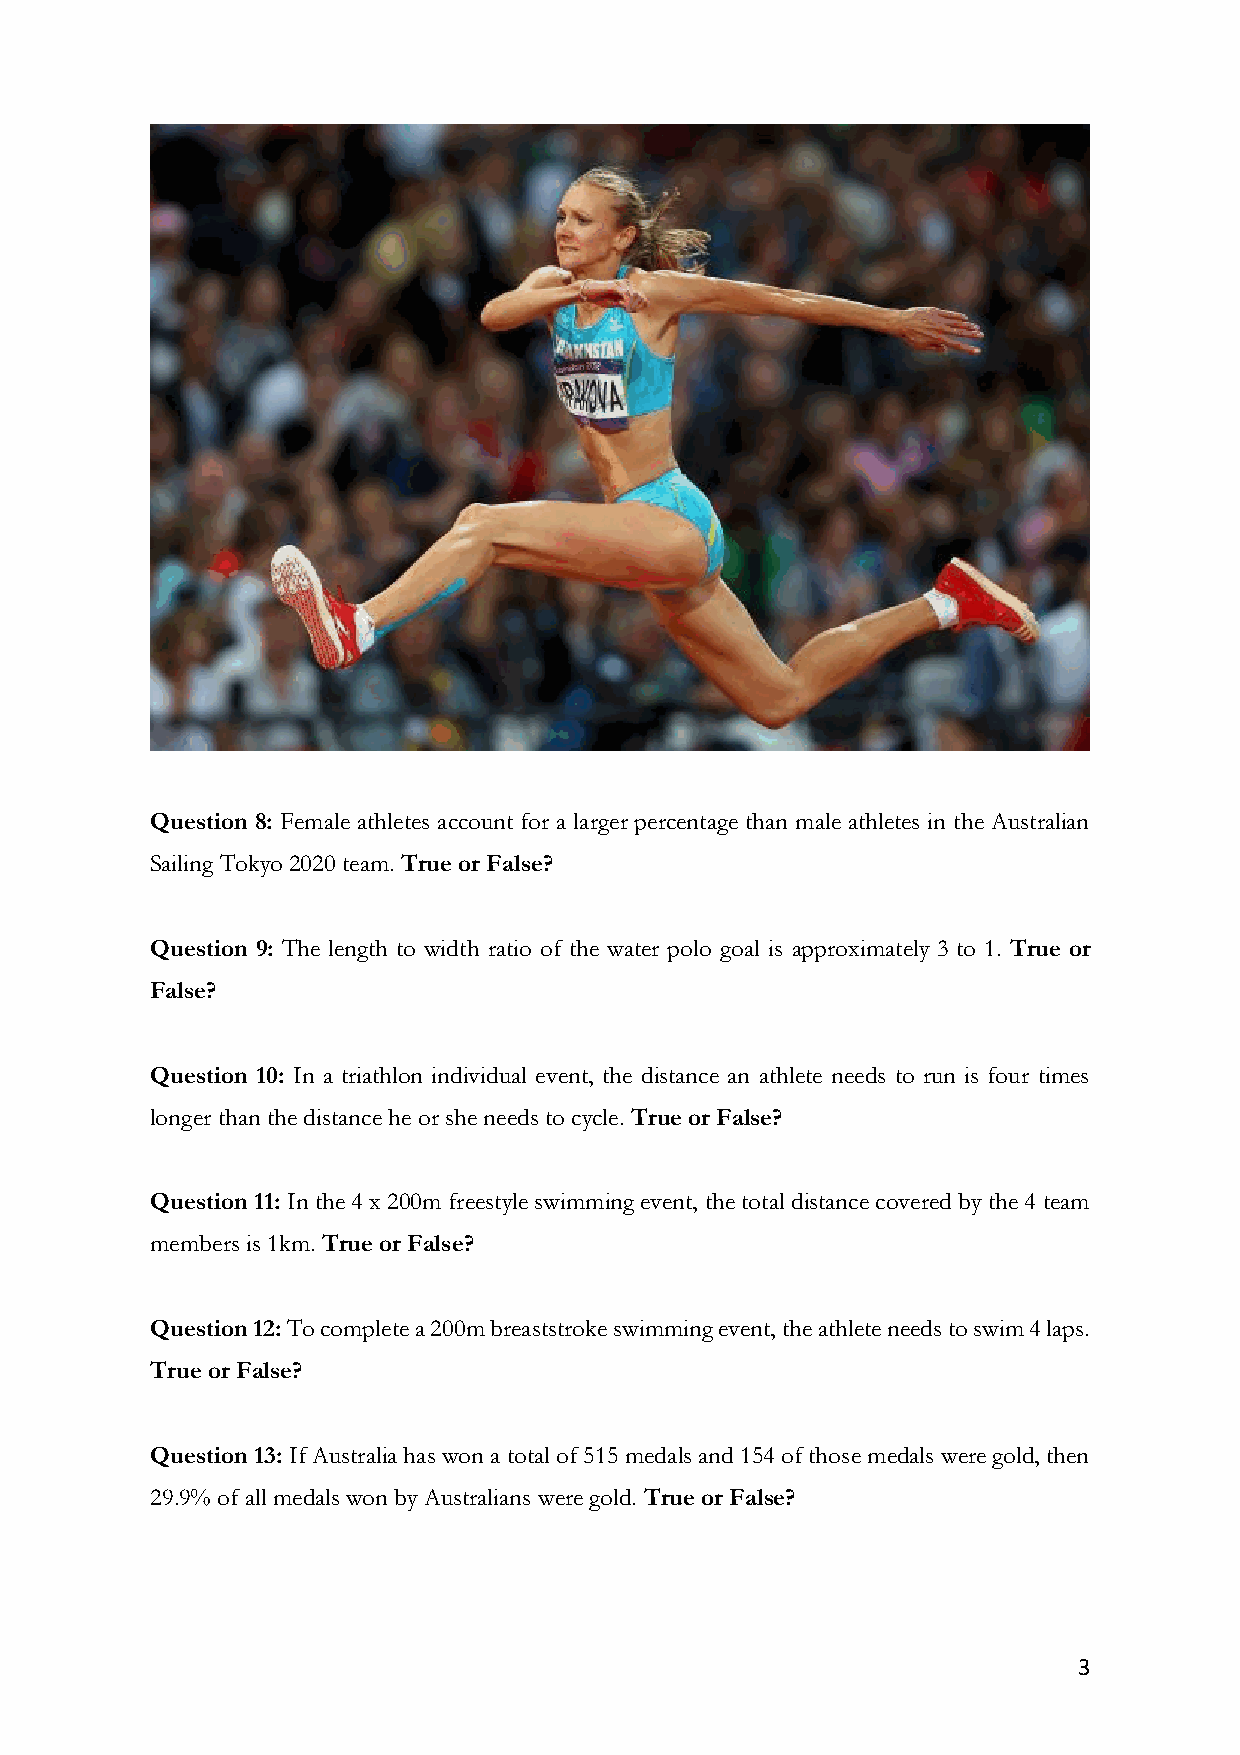
Question 8: Female athletes account for a larger percentage than male athletes in the Australian
 Sailing Tokyo 2020 team. True or False?
 Question 9: The length to width ratio of the water polo goal is approximately 3 to 1. True or
 False?
 Question 10: In a triathlon individual event, the distance an athlete needs to run is four times
 longer than the distance he or she needs to cycle. True or False?
 Question 11: In the 4 x 200m freestyle swimming event, the total distance covered by the 4 team
 members is 1km. True or False?
 Question 12: To complete a 200m breaststroke swimming event, the athlete needs to swim 4 laps.
 True or False?
 Question 13: If Australia has won a total of 515 medals and 154 of those medals were gold, then
 29.9% of all medals won by Australians were gold. True or False?
 3